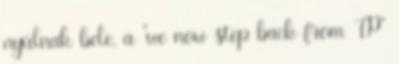
nyúlnak bele, a “we now step back from TP”